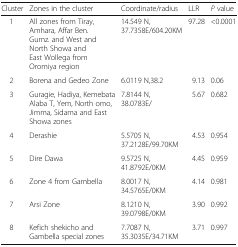
<table><thead><tr><td><b>Cluster</b></td><td><b>Zones in the cluster</b></td><td><b>Coordinate/radius</b></td><td><b>LLR</b></td><td><b><i>P</i> value</b></td></tr></thead><tbody><tr><td> 1</td><td>All zones from Tiray, Amhara, Affar Ben. Gumz. and West and North Showa and East Wollega from Oromiya region</td><td>14.549 N, 37.7358E/604.20KM</td><td>97.28</td><td>&lt;0.0001</td></tr><tr><td> 2</td><td>Borena and Gedeo Zone</td><td>6.0119 N,38.2</td><td>9.13</td><td>0.06</td></tr><tr><td> 3</td><td>Guragie, Hadiya, Kemebata Alaba T, Yem, North omo, Jimma, Sidama and East Showa zones</td><td>7.8144 N, 38.0783E/</td><td>5.67</td><td>0.682</td></tr><tr><td> 4</td><td>Derashie</td><td>5.5705 N, 37.2128E/99.70KM</td><td>4.53</td><td>0.954</td></tr><tr><td> 5</td><td>Dire Dawa</td><td>9.5725 N, 41.8792E/0KM</td><td>4.45</td><td>0.959</td></tr><tr><td> 6</td><td>Zone 4 from Gambella</td><td>8.0017 N, 34.5765E/0KM</td><td>4.14</td><td>0.981</td></tr><tr><td> 7</td><td>Arsi Zone</td><td>8.1210 N, 39.0798E/0KM</td><td>3.90</td><td>0.992</td></tr><tr><td> 8</td><td>Kefich shekicho and Gambella special zones</td><td>7.7087 N, 35.3035E/34.71KM</td><td>3.71</td><td>0.997</td></tr></tbody></table>